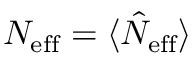
N _ { \mathrm { e f f } } = \langle \hat { N } _ { \mathrm { e f f } } \rangle